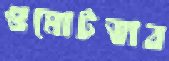
গুমোটভাব